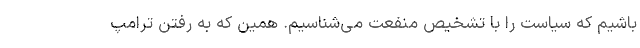
باشیم که سیاست را با تشخیص منفعت می‌شناسیم. همین که به رفتن ترامپ